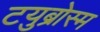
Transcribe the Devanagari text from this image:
टयुब्रोस्म